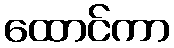
ထောင်ကာ